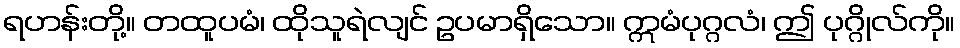
ရဟန်းတို့။ တထူပမံ၊ ထိုသူရဲလျင် ဥပမာရှိသော။ ဣမံပုဂ္ဂလံ၊ ဤ ပုဂ္ဂိုလ်ကို။